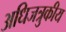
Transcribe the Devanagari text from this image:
अधिजत्रुकीय